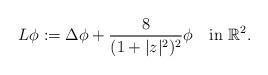
LaTeX: \begin{align*}L\phi:=\Delta \phi+\frac{8}{(1+|z|^2)^2}\phi\quad\textrm{in}\ \mathbb{R}^2.\end{align*}